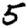
Digit: 5